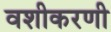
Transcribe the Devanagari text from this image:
वशीकरणी